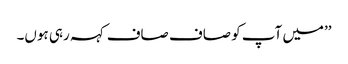
’’میں آپ کو صاف صاف کہہ رہی ہوں۔